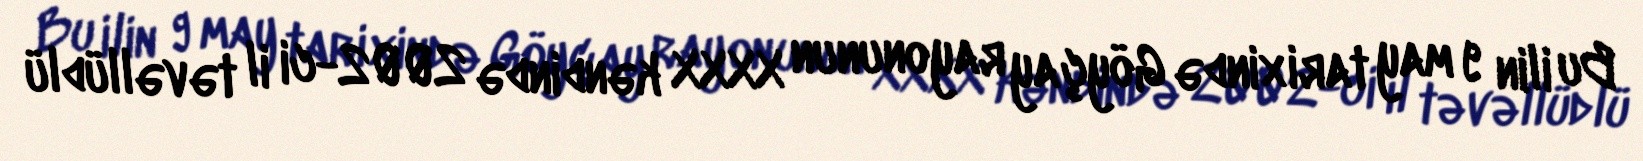
Bu ilin 9 may tarixində Göyçay rayonunun XXXX kəndində 2002-ci il təvəllüdlü